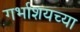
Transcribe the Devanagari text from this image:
गर्भाशयच्या